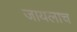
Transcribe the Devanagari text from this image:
जायलाच